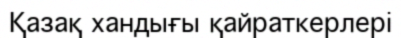
Қазақ хандығы қайраткерлері